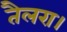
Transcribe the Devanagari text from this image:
तैलरा।